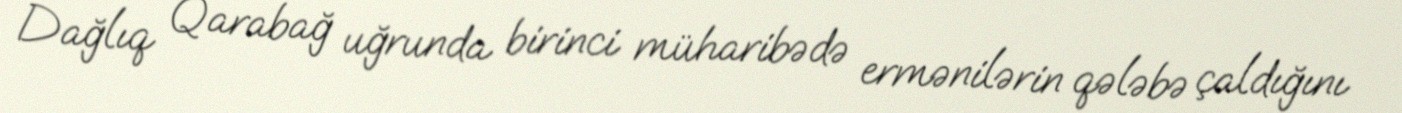
Dağlıq Qarabağ uğrunda birinci müharibədə ermənilərin qələbə çaldığını